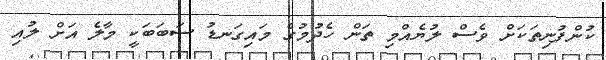
ކުންފުނިތަކަށް ވެސް ލުޔެއްމި ތަން ހެދުމުގެ މައިގަނޑު ސަބަބަކީ މާލެ އަށް ލުއި